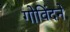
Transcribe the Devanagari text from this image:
गोविंदने